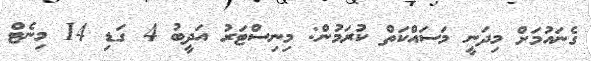
ގެނައުމަށް މިދަނީ މަސައްކަތް ކުރަމުން: މިނިސްޓަރު އަދީބު 4 ގަޑި 14 މިނެޓް